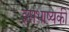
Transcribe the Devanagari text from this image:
इसभाष्यकी